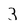
Character: 3